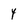
Character: y